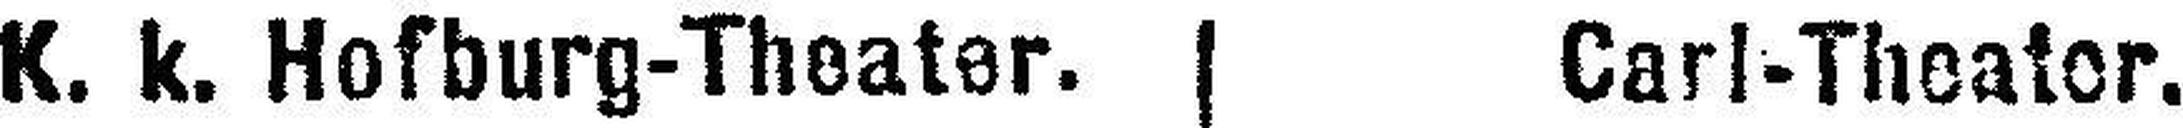
K. k. Hofburg-Theater.